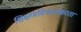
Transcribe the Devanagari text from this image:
शिक्षणविभागाकरता